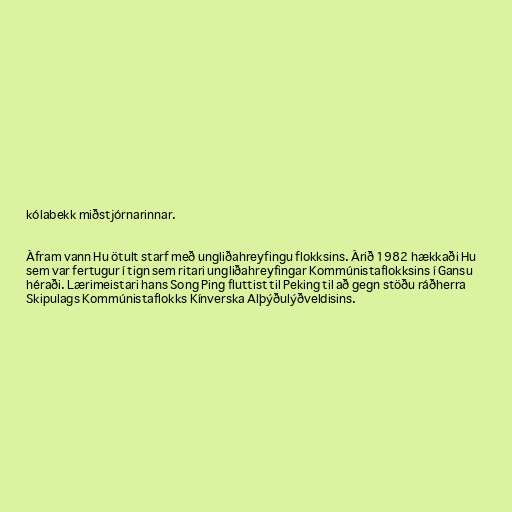
kólabekk miðstjórnarinnar.

Áfram vann Hu ötult starf með ungliðahreyfingu flokksins. Árið 1982 hækkaði Hu
sem var fertugur í tign sem ritari ungliðahreyfingar Kommúnistaflokksins í Gansu
héraði. Lærimeistari hans Song Ping fluttist til Peking til að gegn stöðu ráðherra
Skipulags Kommúnistaflokks Kínverska Alþýðulýðveldisins.